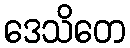
ဒေသိတေ